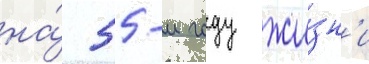
на́ 55-м году жи́зн'и